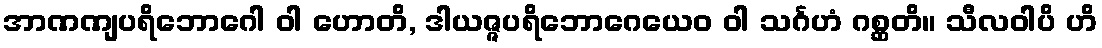
အာဏဏျပရိဘောဂေါ ဝါ ဟောတိ, ဒါယဇ္ဇပရိဘောဂေယေဝ ဝါ သင်္ဂဟံ ဂစ္ဆတိ။ သီလဝါပိ ဟိ